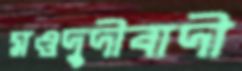
মওদুদীবাদী